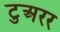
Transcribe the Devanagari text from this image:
टुअरर